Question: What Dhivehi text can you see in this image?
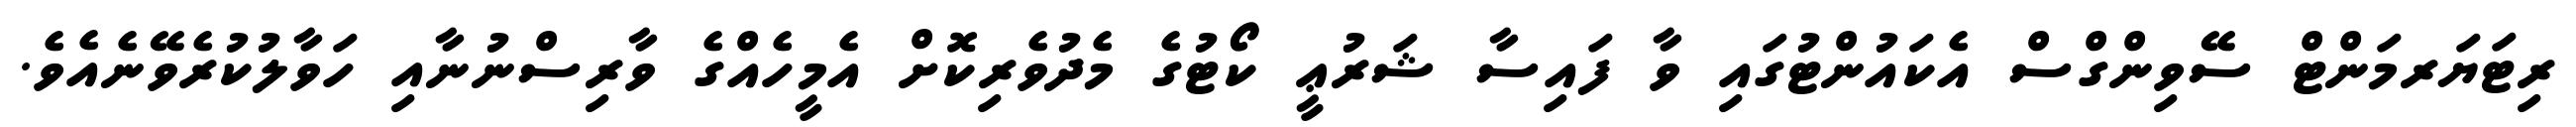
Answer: ރިޓަޔަރމަންޓް ސޭވިންގްސް އެކައުންޓުގައި ވާ ފައިސާ ޝަރުޢީ ކޯޓުގެ މެދުވެރިކޮށް އެމީހެއްގެ ވާރިސްނުނާއި ހަވާލުކުރެވޭނެއެވެ.